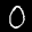
Label: 0